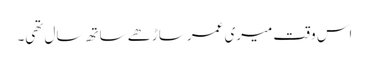
اس وقت میری عمر ساڑھے ساتھ سال تھی۔